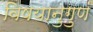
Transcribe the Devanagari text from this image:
विषयानुगुणं